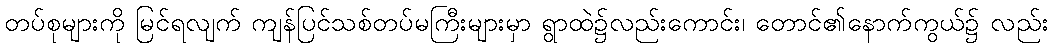
တပ်စုများကို မြင်ရလျက် ကျန်ပြင်သစ်တပ်မကြီးများမှာ ရွာထဲ၌လည်းကောင်း၊ တောင်၏နောက်ကွယ်၌ လည်း